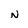
Character: N